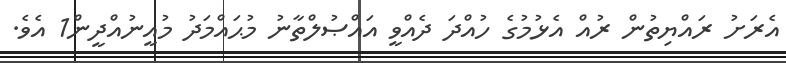
އެރަށު ރައްޔިތުން ރުއް އެޅުމުގެ ހުއްދަ ދެއްވީ އައްޞުލްތާނު މުޙައްމަދު މުއީނުއްދީން1 އެވެ.